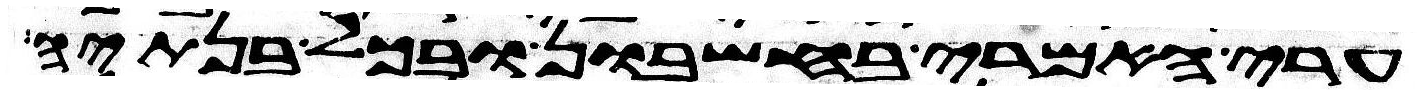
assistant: ערי האמרי בחשבון ובכל בנתיה